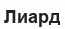
Лиард